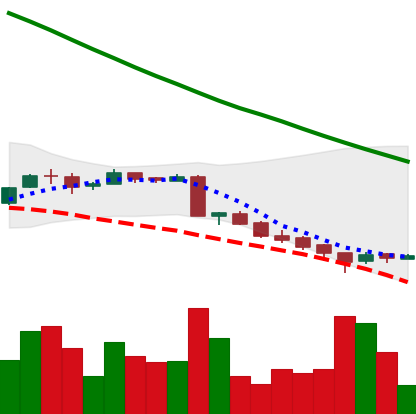
Ticker: ADA-USD
Chart end date: 2018-09-15
Forward return: 17.557%
Label: up_7plus